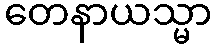
တေနာယသ္မာ